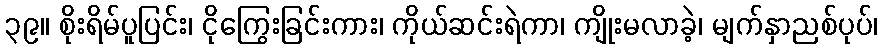
၃၉။ စိုးရိမ်ပူပြင်း၊ ငိုကြွေးခြင်းကား၊ ကိုယ်ဆင်းရဲကာ၊ ကျိုးမလာခဲ့၊ မျက်နှာညစ်ပုပ်၊